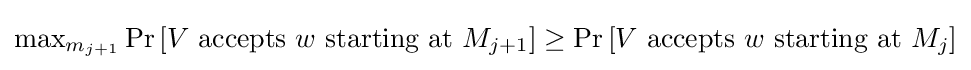
\max \nolimits _{m_{j+1}}\Pr \left[V{\text{ accepts }}w{\text{ starting at }}M_{j+1}\right]\geq \Pr \left[V{\text{ accepts }}w{\text{ starting at }}M_{j}\right]